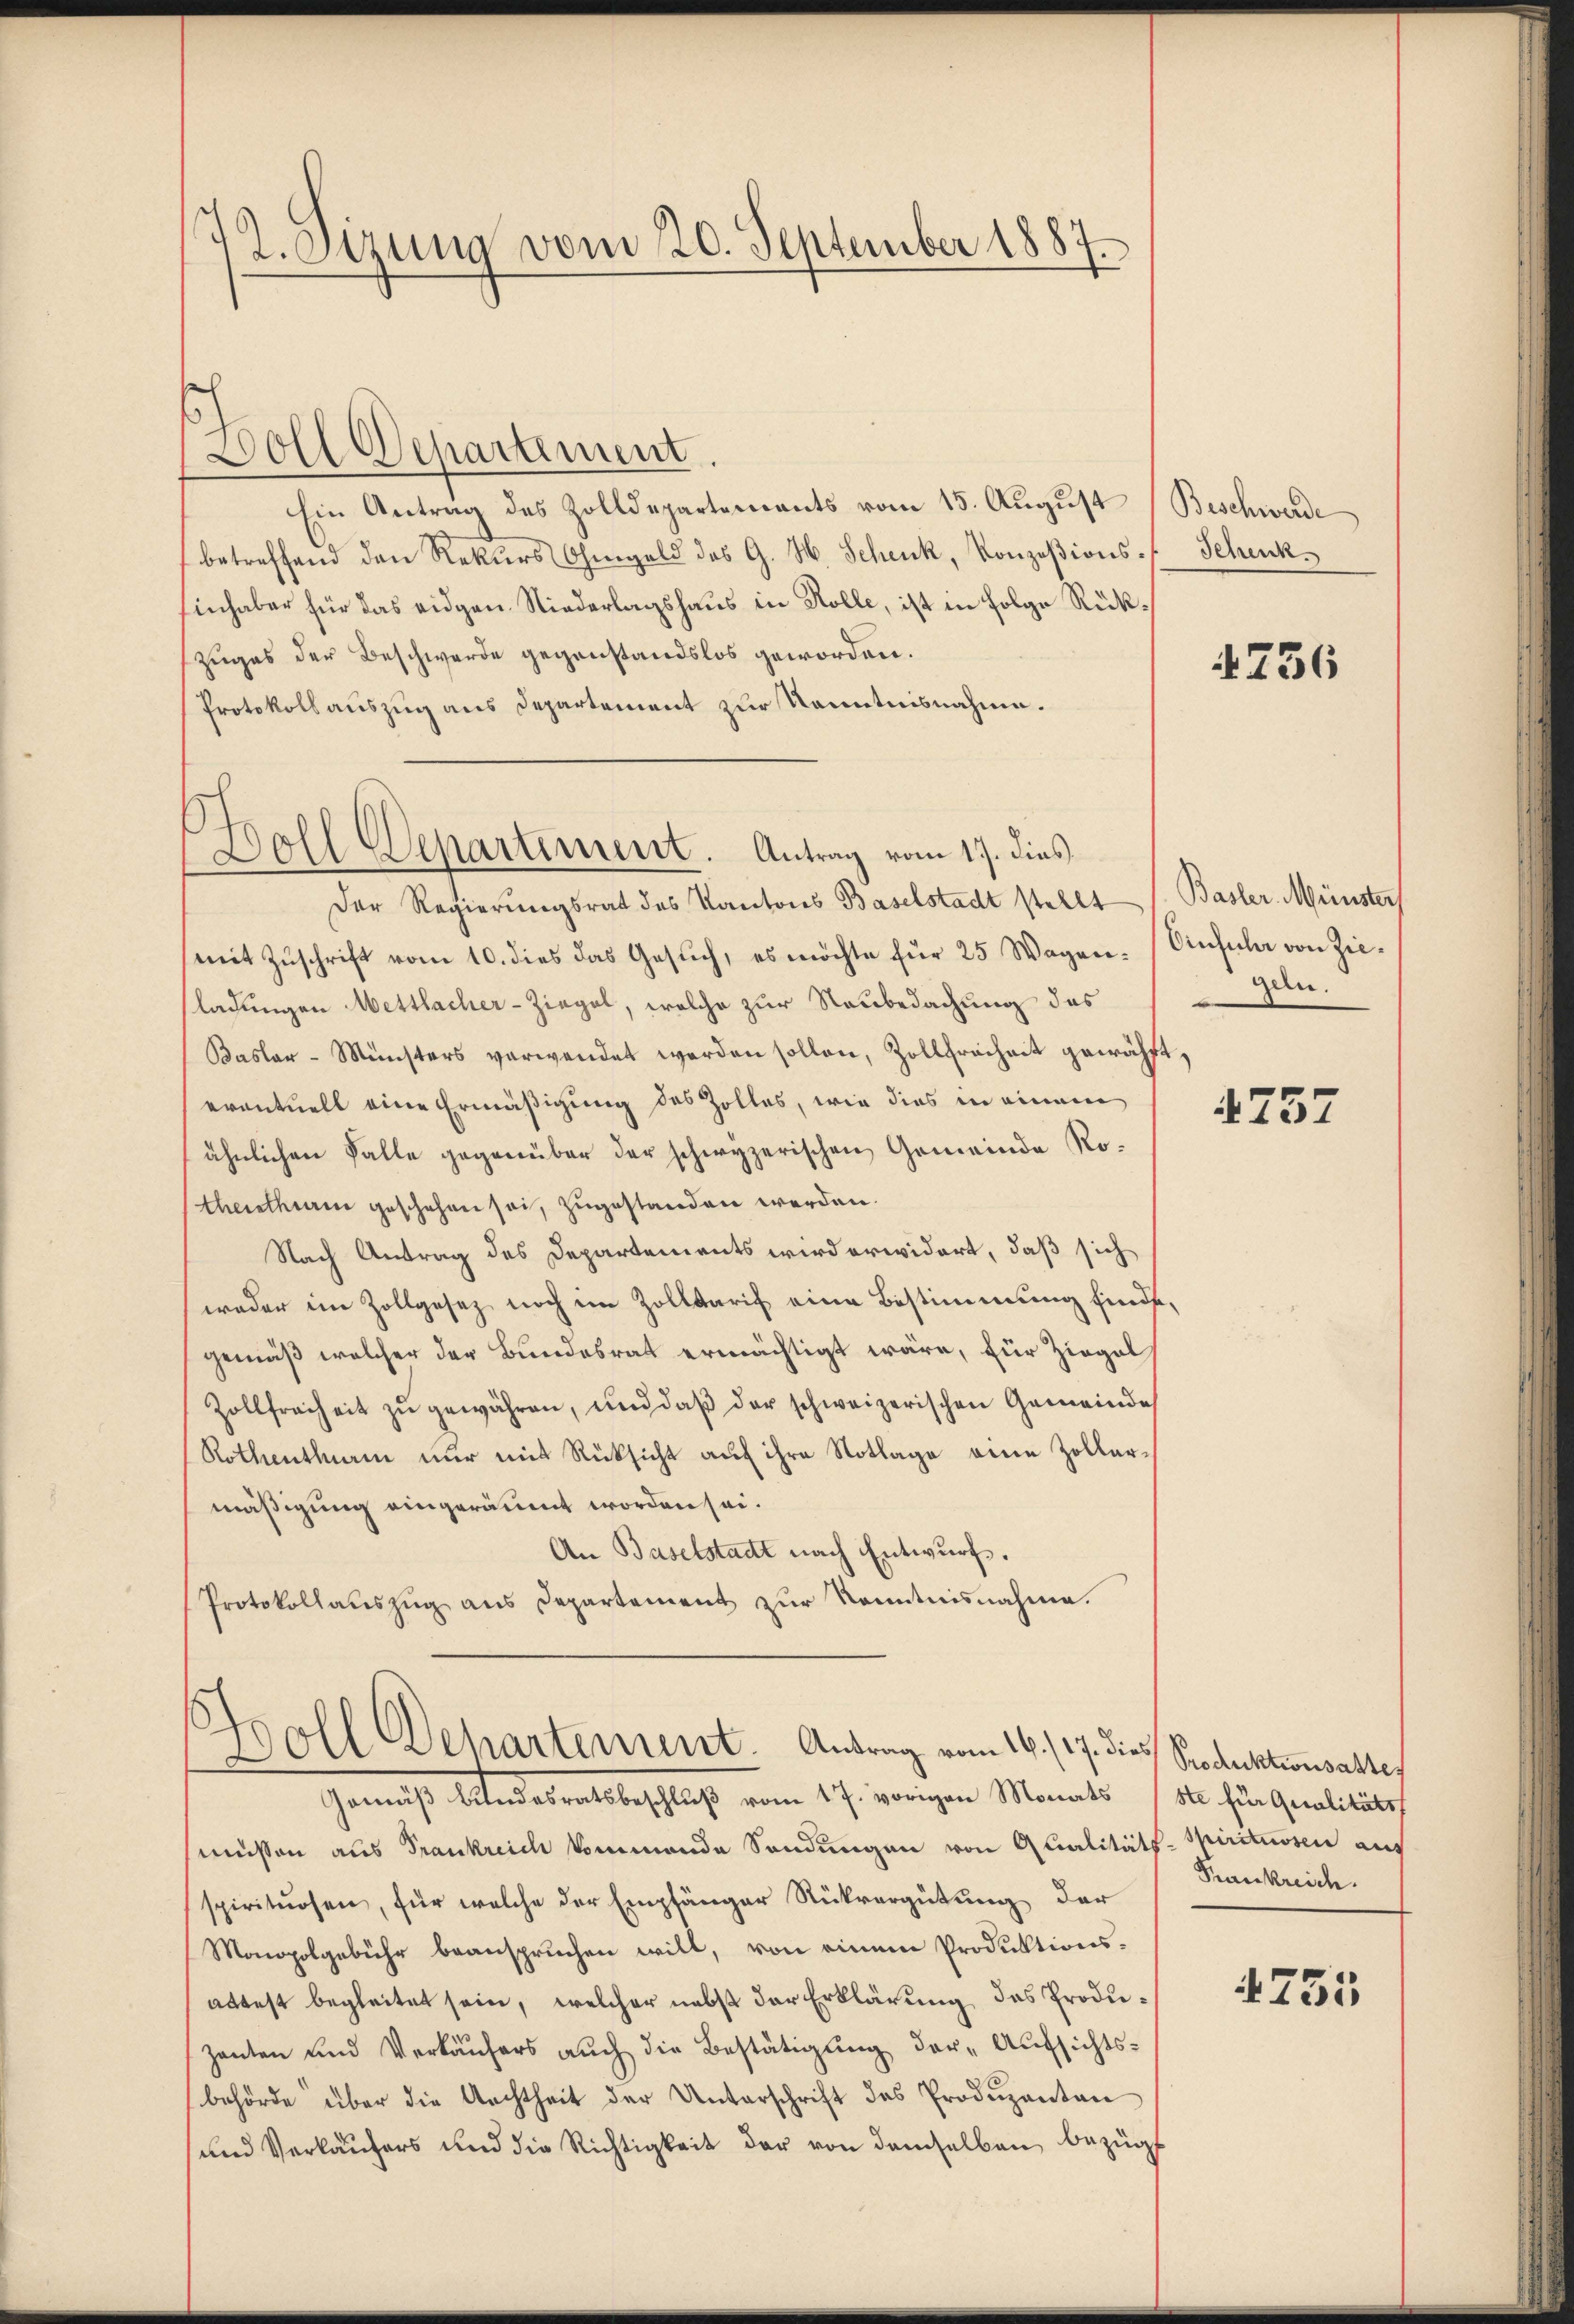
2. Sirung vom 20. September 1887.

Doll Departement
Ein Antrag des Zolldepartements vom 15. August (Beschwerde
betreffend den Rekurs Ohmgeld des G. H. Schenk, Konzesionshinhaber für das eidgen. Niederlagshaus in Kolle, ist in Folge Rückzuges der Beschwerde gegenstandslos geworden.
Protokollauszug aus Departement zur Kenntnisnahme.
Der Regierungsrat des Kantons Baselstadt stellt (Basler Münster
mit Zuschrift vom 10. dies das Gesuch, es möchte für 25 Wagen. Einfula von Zieladungen Mettlacher-Ziegel, welche zur Raubedachung des
Basler-Münsters verwendet werden sollen, Zollfreiheit gewählt,
eventuell eine Ermäßigung des Zolles, wie dies in einem
ähnlichen Falle gegenüber der schwyzerischen Gemeinde Rothaethen geschehen sei, zugestanden werden.
Nach Antrag des Departements wird erwidert, daß sich
weder im Zollgesez noch im Zolltarif eine Bestimmung finde,
gemäß welcher der Bundesrat ermächtigt wäre, für Ziegel
Zollfreiheit zu gewähren, und daß der schweizerischen Gemeinde
Rothenthum nur mit Rüksicht auf ihre Notlage eine Zollarmäßigung eingeräumt worden sei.
An Baselstadt nach Entwurf.
Protokollauszug aus Departement zur Kenntnisnahme.

Boll Departement. Antrag vom 17. dies

Soll Dehartement. Antrag vom 16./17. dies Produktionsarte,

Gemäß Abendesratsbeschluß vom 17. vorigen Monats 15. für Qualitäts
müssen aus Trankreich kommende Sendungen von Qualitäts-Spirituosen aus
spirituosen, für welche der Empfänger Rückvergütung der
Monopolgebühr beanspruchen will, von einem Produktionsattest begleitet sein, welcher nebst der Erklärung das Produzauten und Verkäŭfers auch die Bestätigung der-Aufsichts-
behörde über die Archtheit der Unterschrift des Produzenten
und Verkäufers und die Richtigkeit der von demselben bezüg

Schenk

736

gen.

4757

Frankreide.

4755